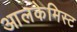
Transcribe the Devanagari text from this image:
आलकेमिस्ट